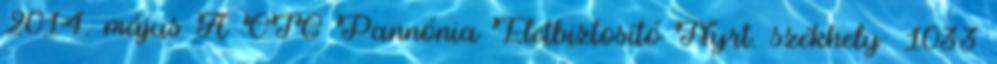
2014. május A CIG Pannónia Életbiztosító Nyrt. székhely: 1033